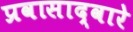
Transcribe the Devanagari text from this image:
प्रवासाद्वारे